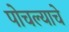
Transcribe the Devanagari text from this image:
पोचल्याचे